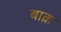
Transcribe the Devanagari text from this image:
बाक़